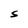
Character: S